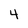
Character: 4